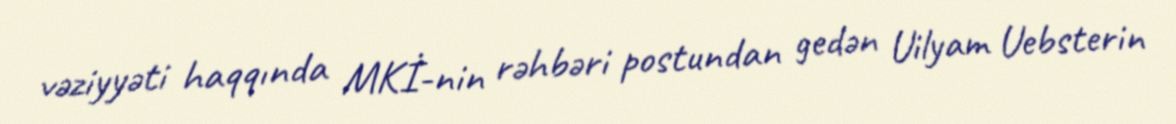
vəziyyəti haqqında MKİ-nin rəhbəri postundan gedən Uilyam Uebsterin